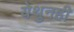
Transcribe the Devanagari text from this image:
येथुनही